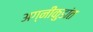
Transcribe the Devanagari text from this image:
अग्नीकुडांत